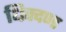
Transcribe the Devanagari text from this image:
धिक्दण्ड